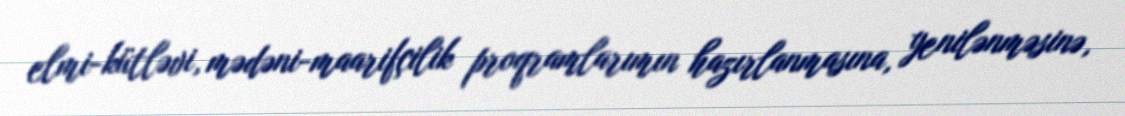
elmi-kütləvi, mədəni-maarifçilik proqramlarımın hazırlanmasına, yenilənməsinə,